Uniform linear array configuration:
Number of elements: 8
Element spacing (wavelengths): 0.5
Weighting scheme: binomial
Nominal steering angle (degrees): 60
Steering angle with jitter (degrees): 61.165
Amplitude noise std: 0.05
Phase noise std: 0.05

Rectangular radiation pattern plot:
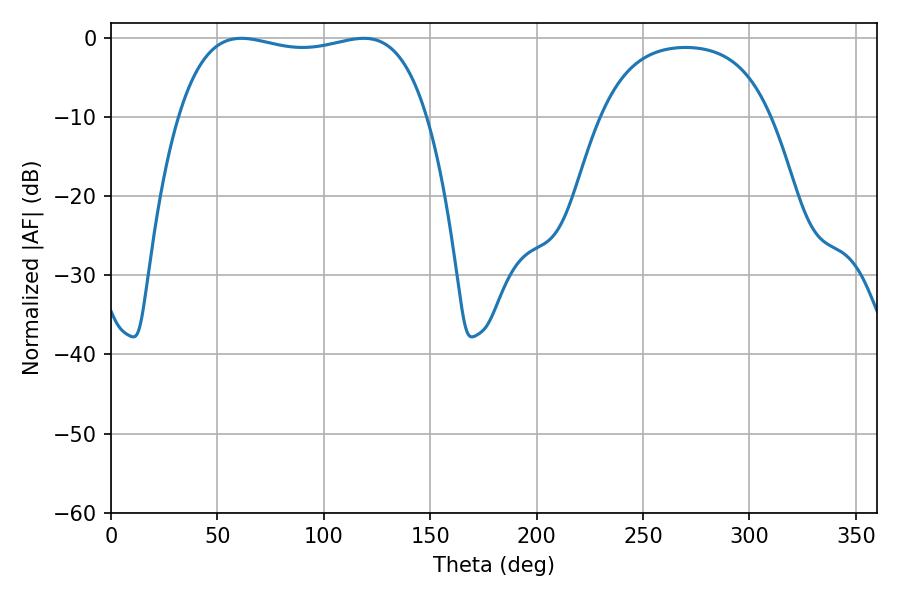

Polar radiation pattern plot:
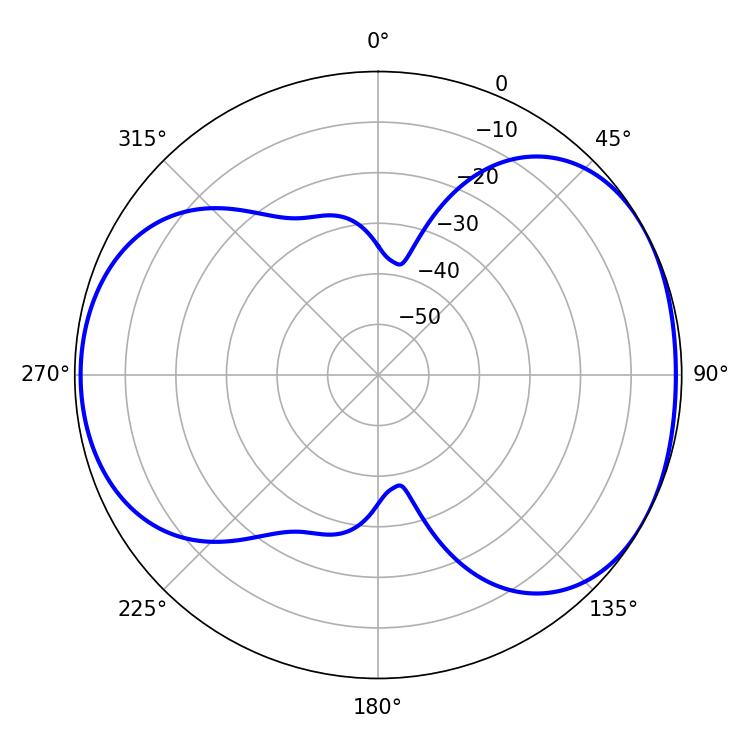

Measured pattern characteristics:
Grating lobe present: FALSE
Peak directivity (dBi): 4.902
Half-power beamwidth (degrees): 94.32
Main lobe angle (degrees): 61.2